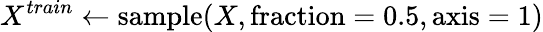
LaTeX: X^{train}\gets\mathrm{sample}(X,\mathrm{fraction}=0.5,\mathrm{axis}=1)